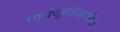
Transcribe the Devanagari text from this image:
मर्क्यूरियाडिस